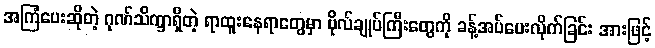
အကြံပေးဆိုတဲ့ ဂုဏ်သိက္ခာရှိတဲ့ ရာထူးနေရာတွေမှာ ဗိုလ်ချုပ်ကြီးတွေကို ခန့်အပ်ပေးလိုက်ခြင်း အားဖြင့်